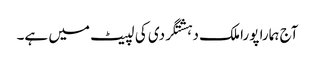
آج ہمارا پورا ملک دہشتگردی کی لپیٹ میں ہے۔